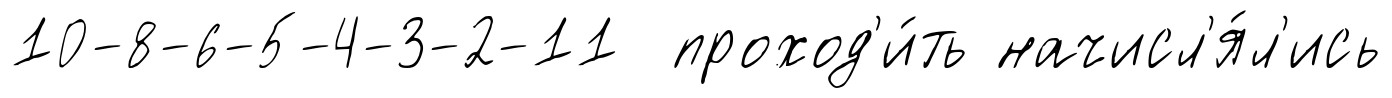
10-8-6-5-4-3-2-11 проход'и́ть начисл'я́л'ись